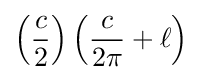
\left({\frac {c}{2}}\right)\left({\frac {c}{2\pi }}+\ell \right)